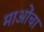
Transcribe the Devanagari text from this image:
माओंचा